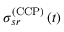
\sigma _ { s r } ^ { \left( \mathrm { C C P } \right) } \left( t \right)